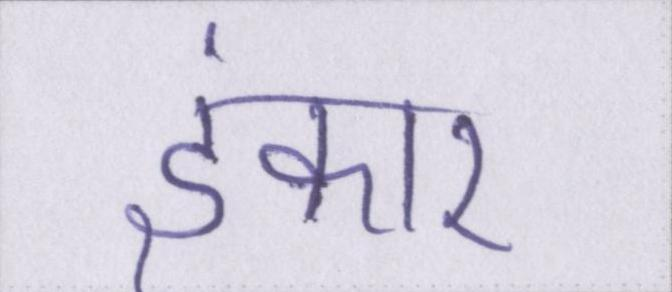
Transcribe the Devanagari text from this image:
इंकार